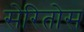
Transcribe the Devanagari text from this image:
सेरितोस